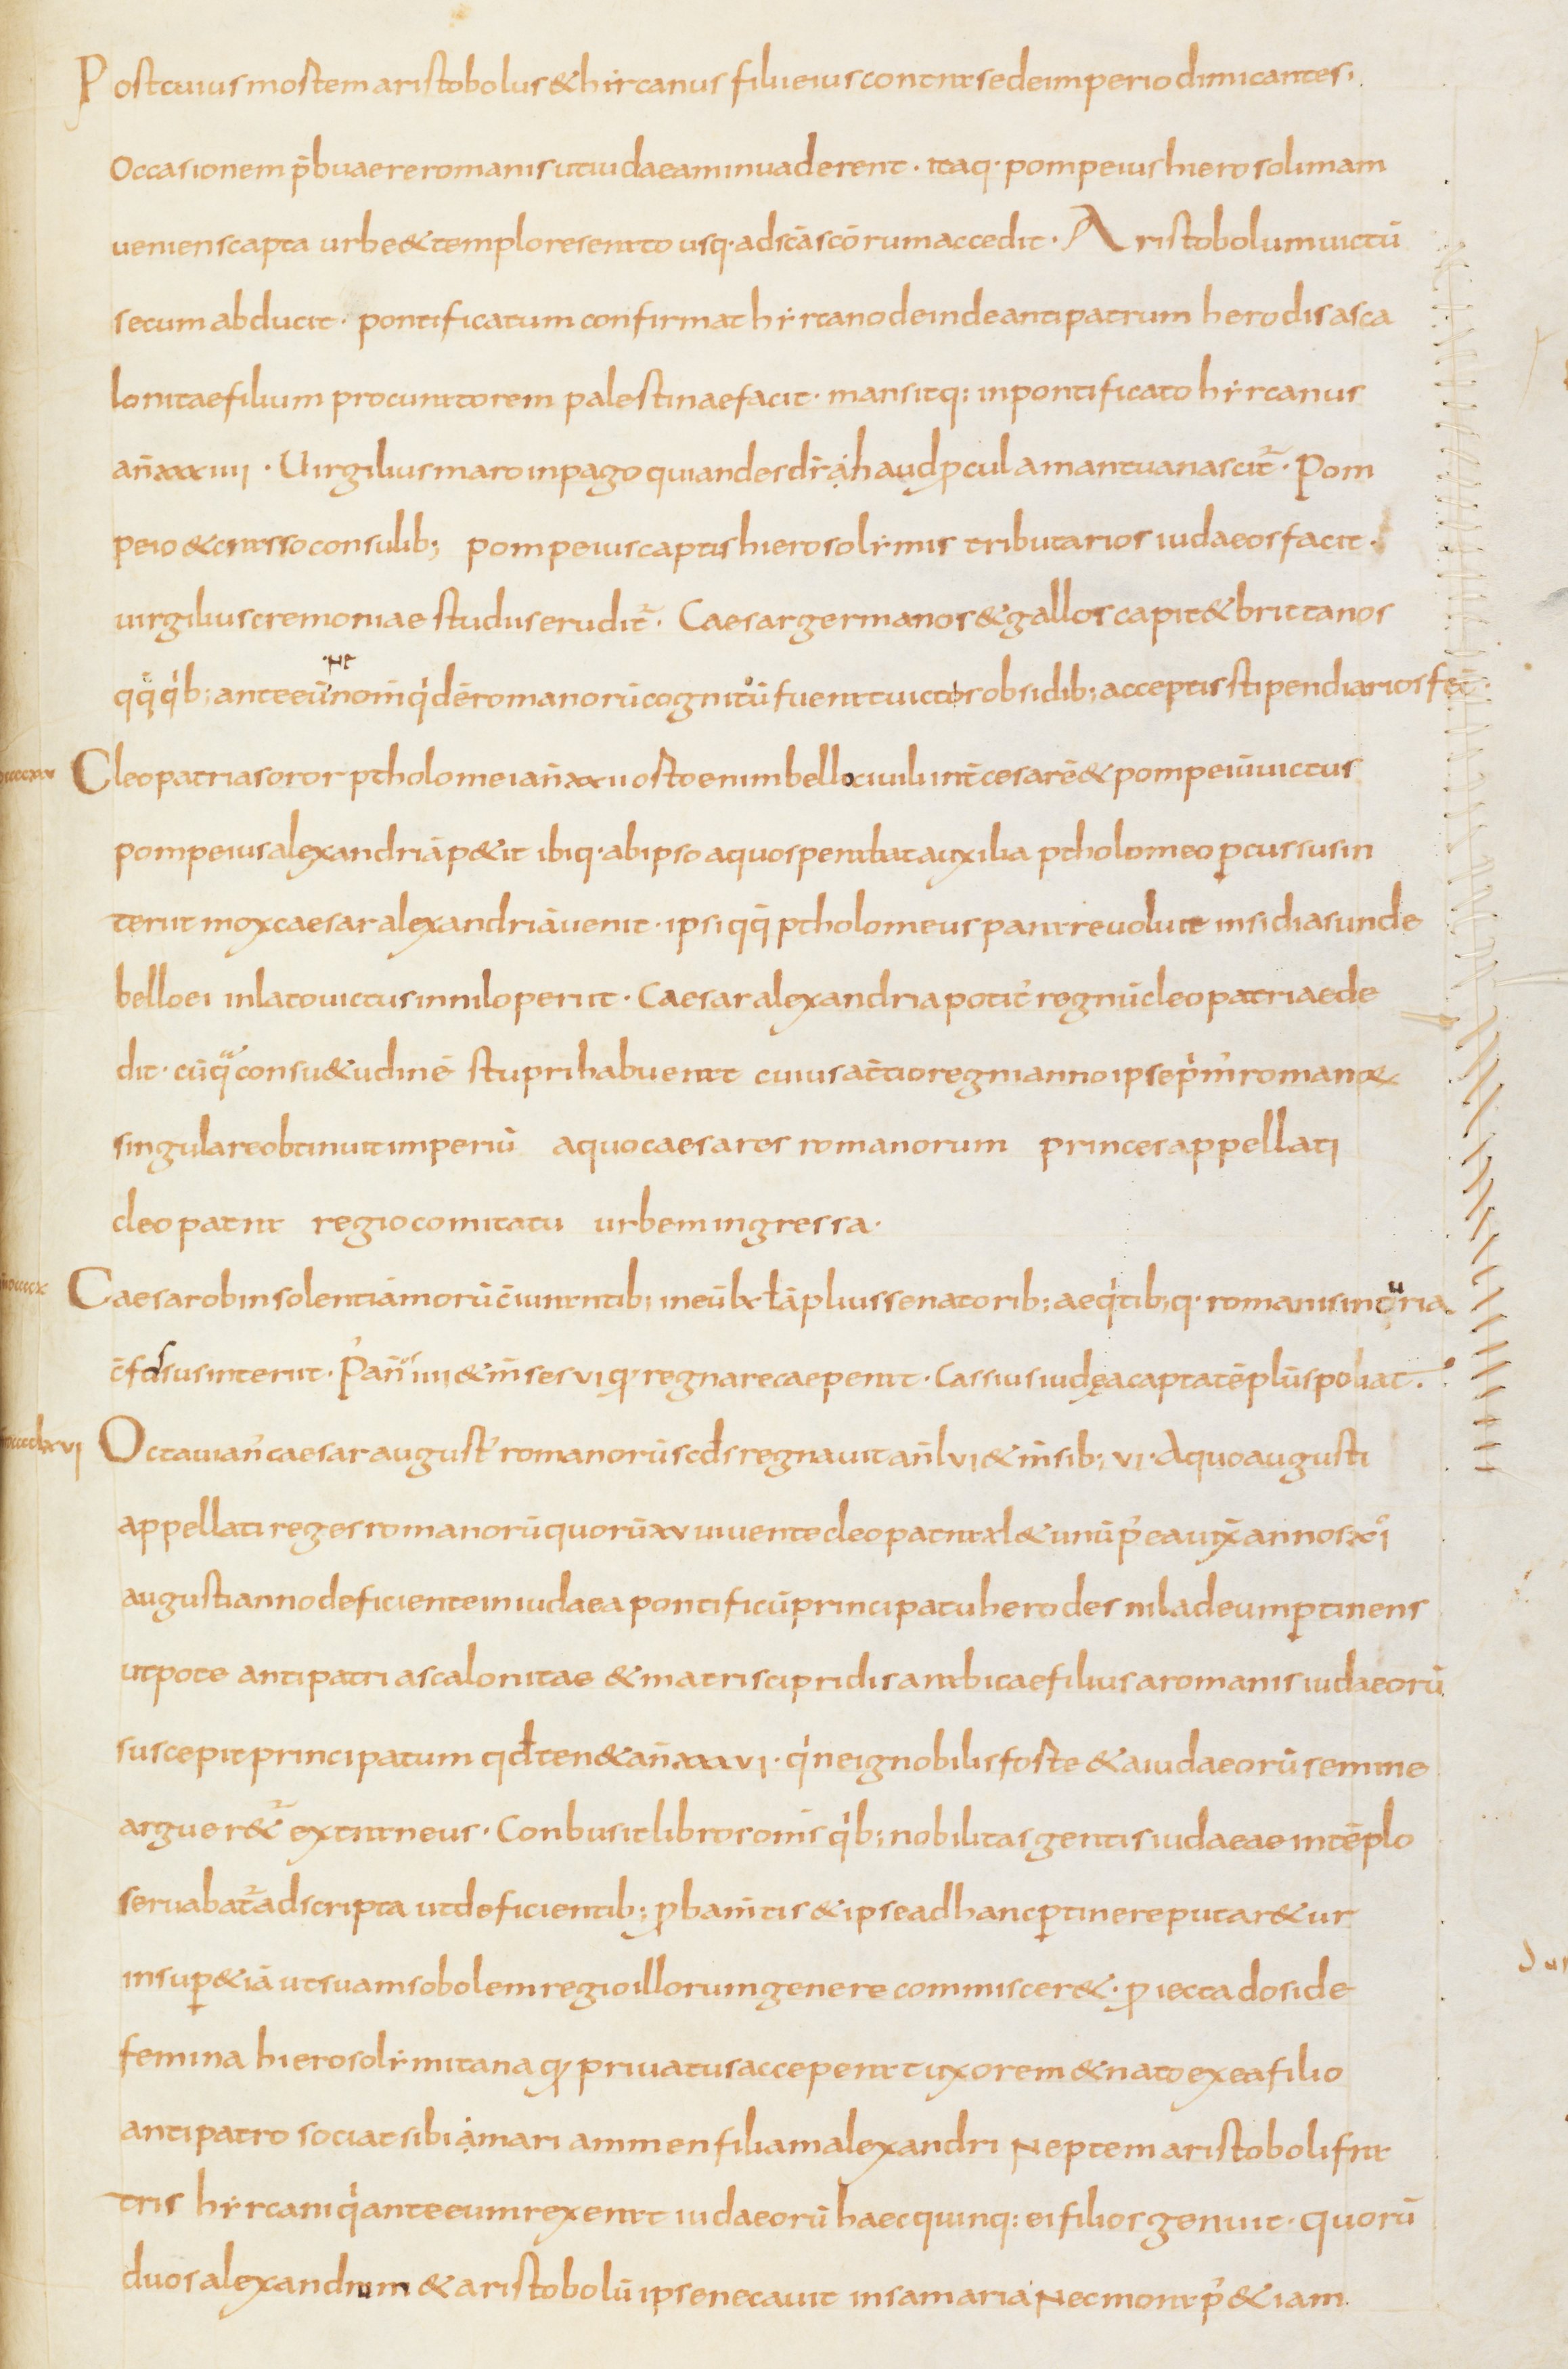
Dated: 810–840